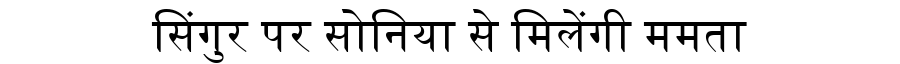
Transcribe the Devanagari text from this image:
सिंगुर पर सोनिया से मिलेंगी ममता